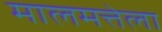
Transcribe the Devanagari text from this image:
मालमत्तेला